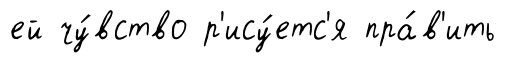
ей чу́вство р'ису́етс'я пра́в'ить